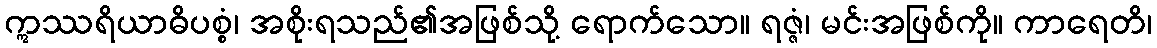
ဣဿရိယာဓိပစ္စံ၊ အစိုးရသည်၏အဖြစ်သို့ ရောက်သော။ ရဇ္ဇံ၊ မင်းအဖြစ်ကို။ ကာရေတိ၊